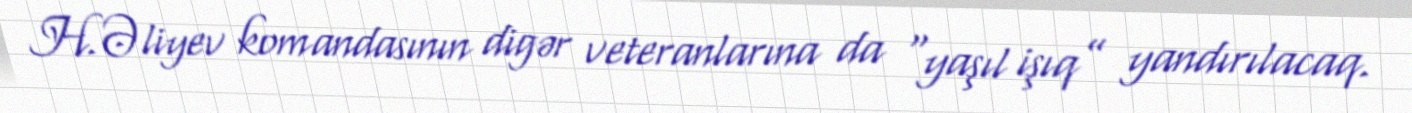
H.Əliyev komandasının digər veteranlarına da “yaşıl işıq” yandırılacaq.